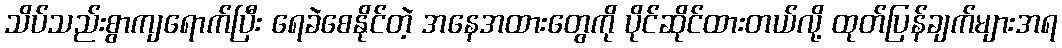
သိပ်သည်းစွာကျရောက်ပြီး ရေခဲစေနိုင်တဲ့ အနေအထားတွေကို ပိုင်ဆိုင်ထားတယ်လို့ ထုတ်ပြန်ချက်များအရ